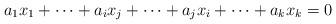
LaTeX: \begin{align*}a_1x_1 + \cdots +a_ix_j +\cdots +a_jx_i +\cdots +a_kx_k =0\end{align*}